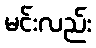
မင်းလည်း